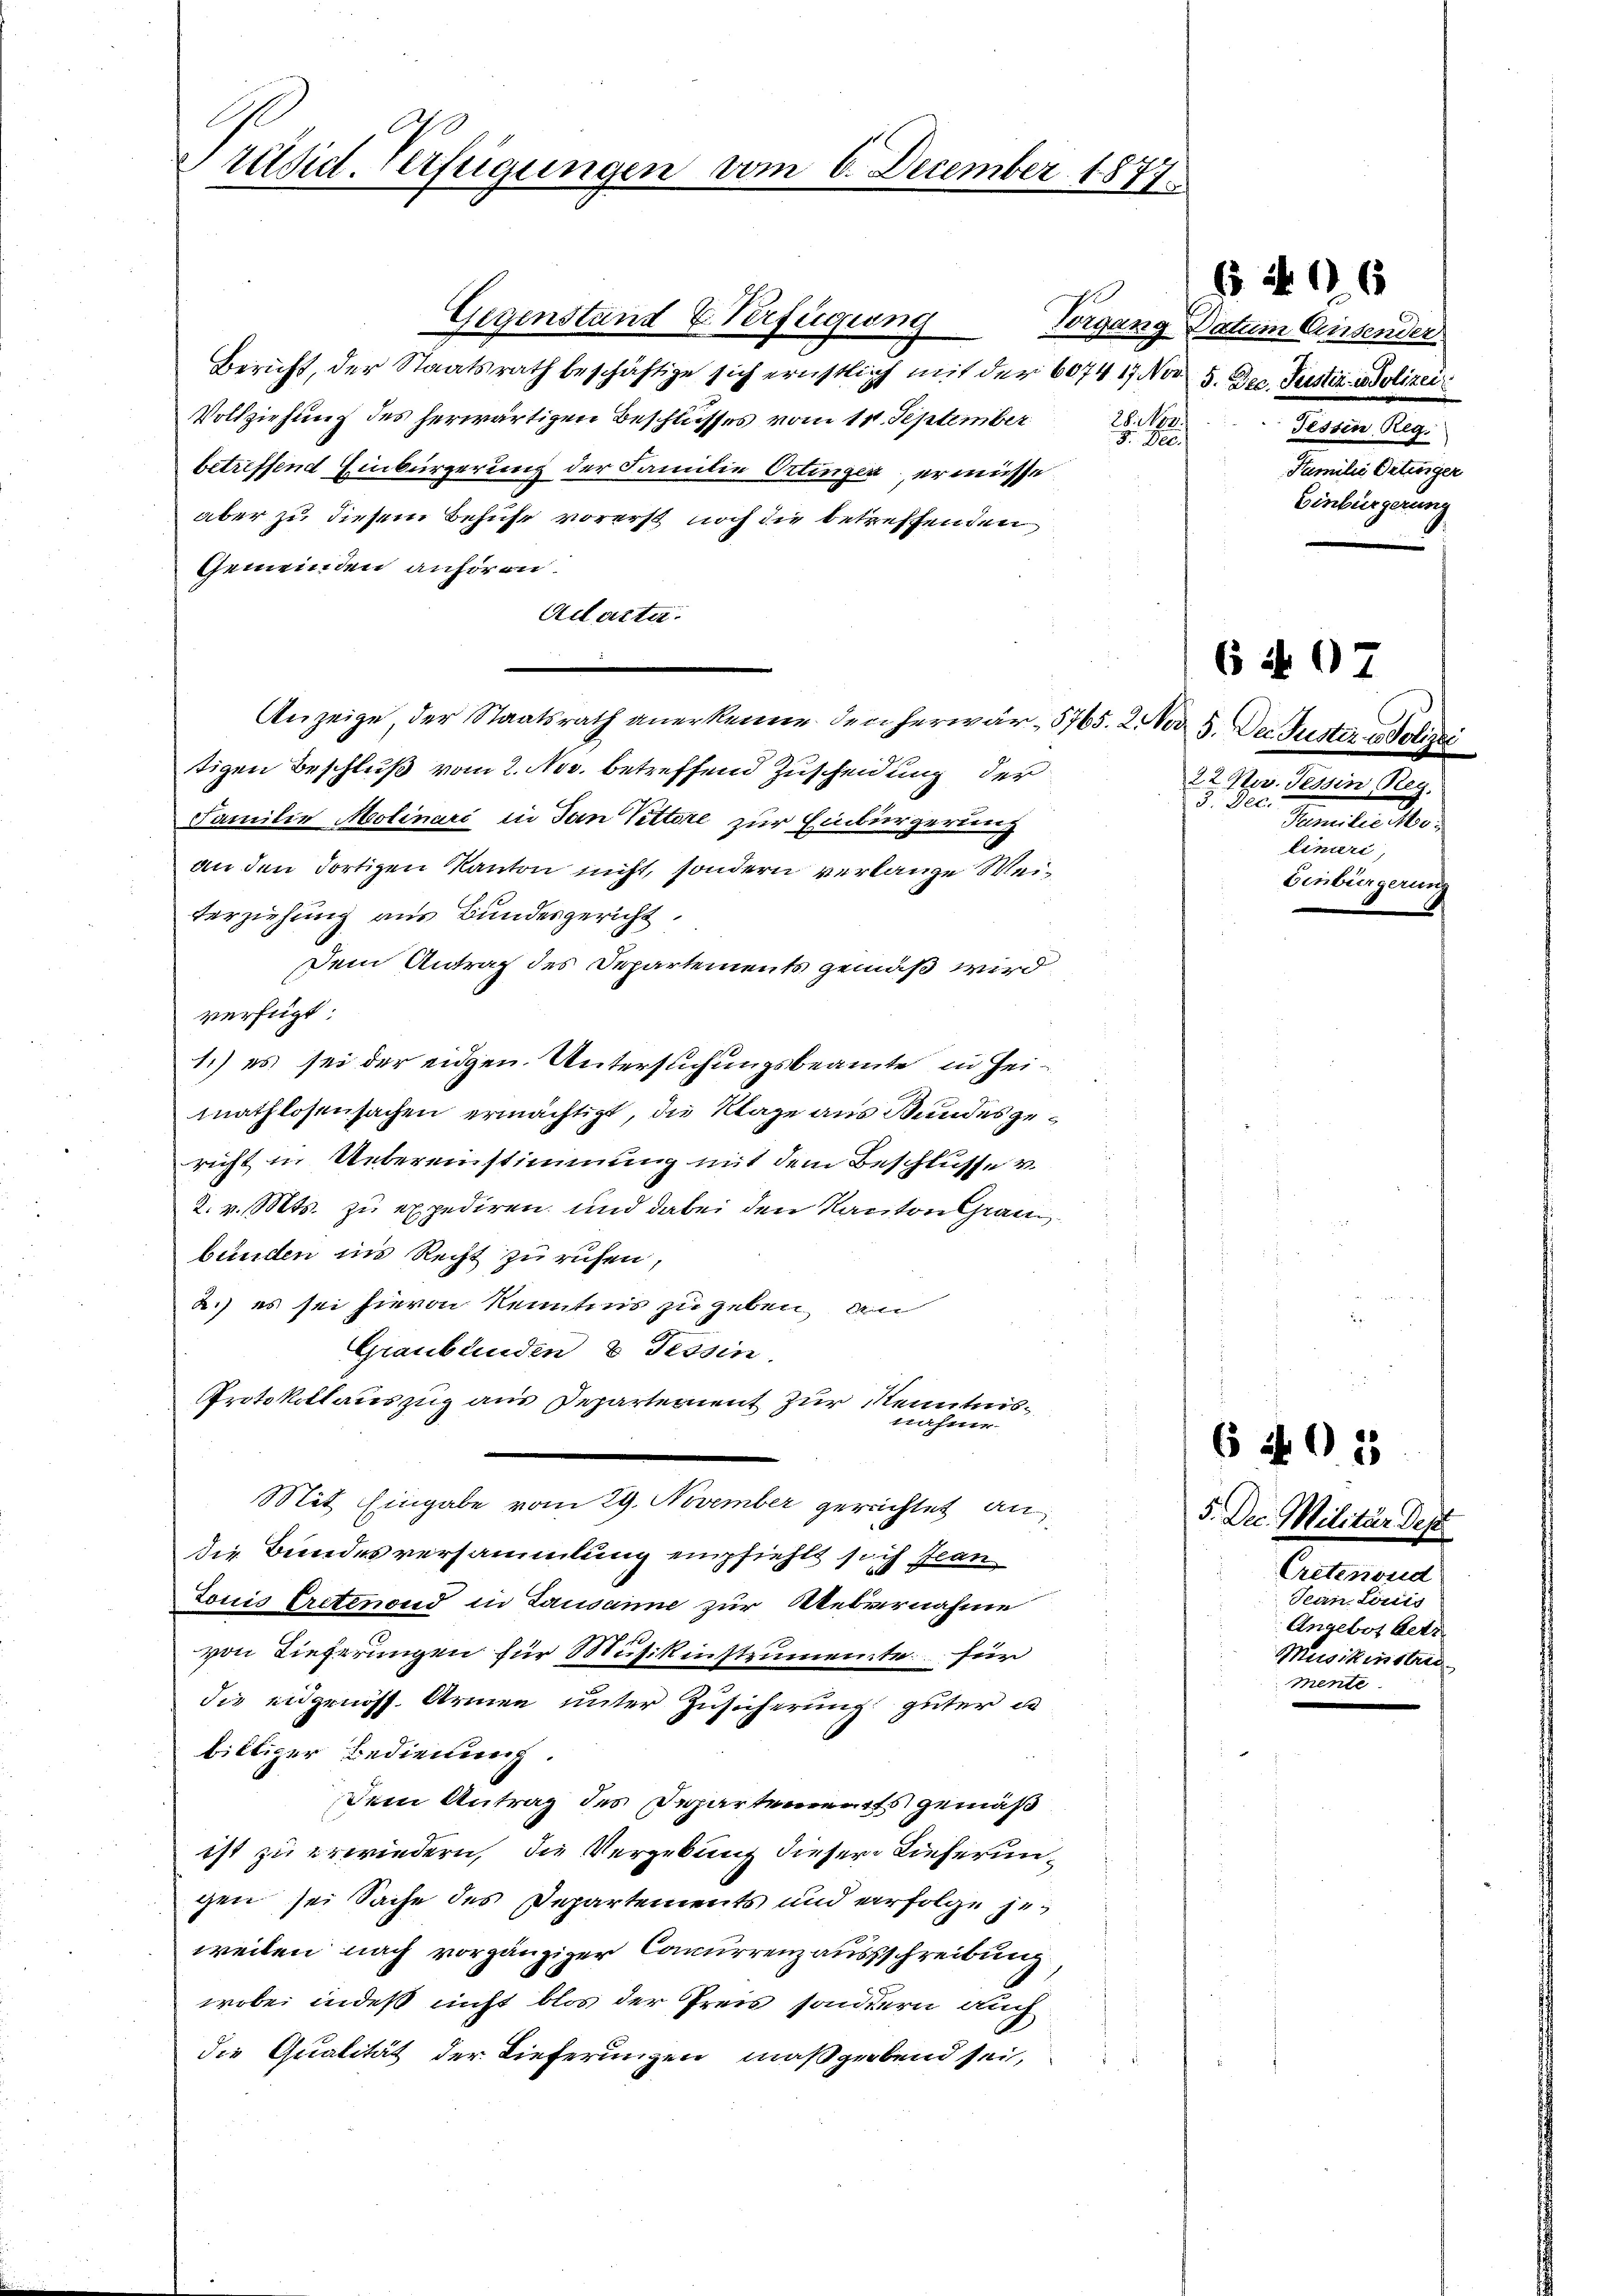
Präsid. Verfügungen vom 6. December 1877

Gegenstand u. Verfügung
Bericht, der Staatsrath beschäftige sich ernstlich mit der 6074 17 Nov. 5. Dec. Justiz in Polizei
Vollziehung des herwärtigen Beschlusses vom 11. September
28. Nov.
8. Dec.
betreffend Einbürgerung der Familie Ortingen, er müsse
aber zu diesem Behuhr vorerst noch die betreffenden
Gemeinden anhören.
Adlaste
Anzeige, der Staatsrath anerkenne den herwär, 5765. 2. Nov. 5. Der Justiz & Poliz
tigen Beschluß vom 2. Nov. betreffend Zuscheidung der
Familie Molinari in San Pittere zur Einbürgerung
an den dortigen Kanton nicht, sondern verlange Weiterziehung aus Bundesgericht.
Dem Antrag des Departements gemäß wird,
verfügt:
1.) es sei der eidgen. Untersuchungsbeamte in Heimathlosensachen ermächtigt, die Klage aus Bundesgericht in Uebereinstimmung mit dem Beschlusse v
2. v. Mts. zu expediren, und dabei den Kanton Grau
bünden ins Recht zu ruhen,
2.) es sei hievon Kenntnis zu geben an
Graubünden & Tessin.
Protokoll auszug aus Departement zur Kenntnis¬
Staffen
Mit Eingabe vom 29. November gerechtet an
die Bundesversammlung empfiehlt sich Jean
Louis Erstenoud in Lausanne zur Uebernahme
von Tieferungen für Musikinstrumente für
die eidgenöss. Armen unter Zusicherung güter de
biltiger Bedienung.
Dem Antrag des Departements gemäß
ist zu erwiedern, die Vergebung dieser Lieferungen sei Sache des Departements und verfolge jeweilen nach vorgänziger Concurrenzausschreibung
wobei indeß nicht blos der Preis sondern auch
die Qualität der Lieferungen maßgebend sei,

65 n 16

Vorgang Datum Gusender
Fessen Reg.
Familie Citinger
Einbürgerung

6 Nr. 97

22. Nov. Tessin, Reg.
J. Peci
Semstelle
linari,
Einbürgerung

6 40 2

E

5. Dec. Militär des
Cretenoud
Sein Louis
Angebot betr
Musikinstren